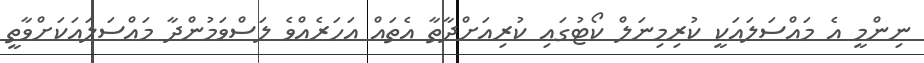
ނިންމީ އެ މައްސަލައަކީ ކުރިމިނަލް ކޯޓުގައި ކުރިއަށްދާތާ އެތައް އަހަރެއްވެ ލަސްވަމުންދާ މައްސަލައަކަށްވާތީ